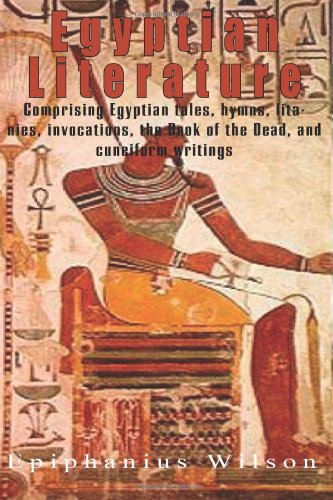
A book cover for Egyptian Literature: Comprising Egyptian tales, hymns, litanies, invocations, the Book of the Dead, and cuneiform writings; Epiphanius Wilson; Religion & Spirituality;